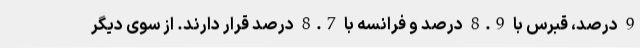
9 درصد، قبرس با 8.9 درصد و فرانسه با 8.7 درصد قرار دارند. از سوی دیگر